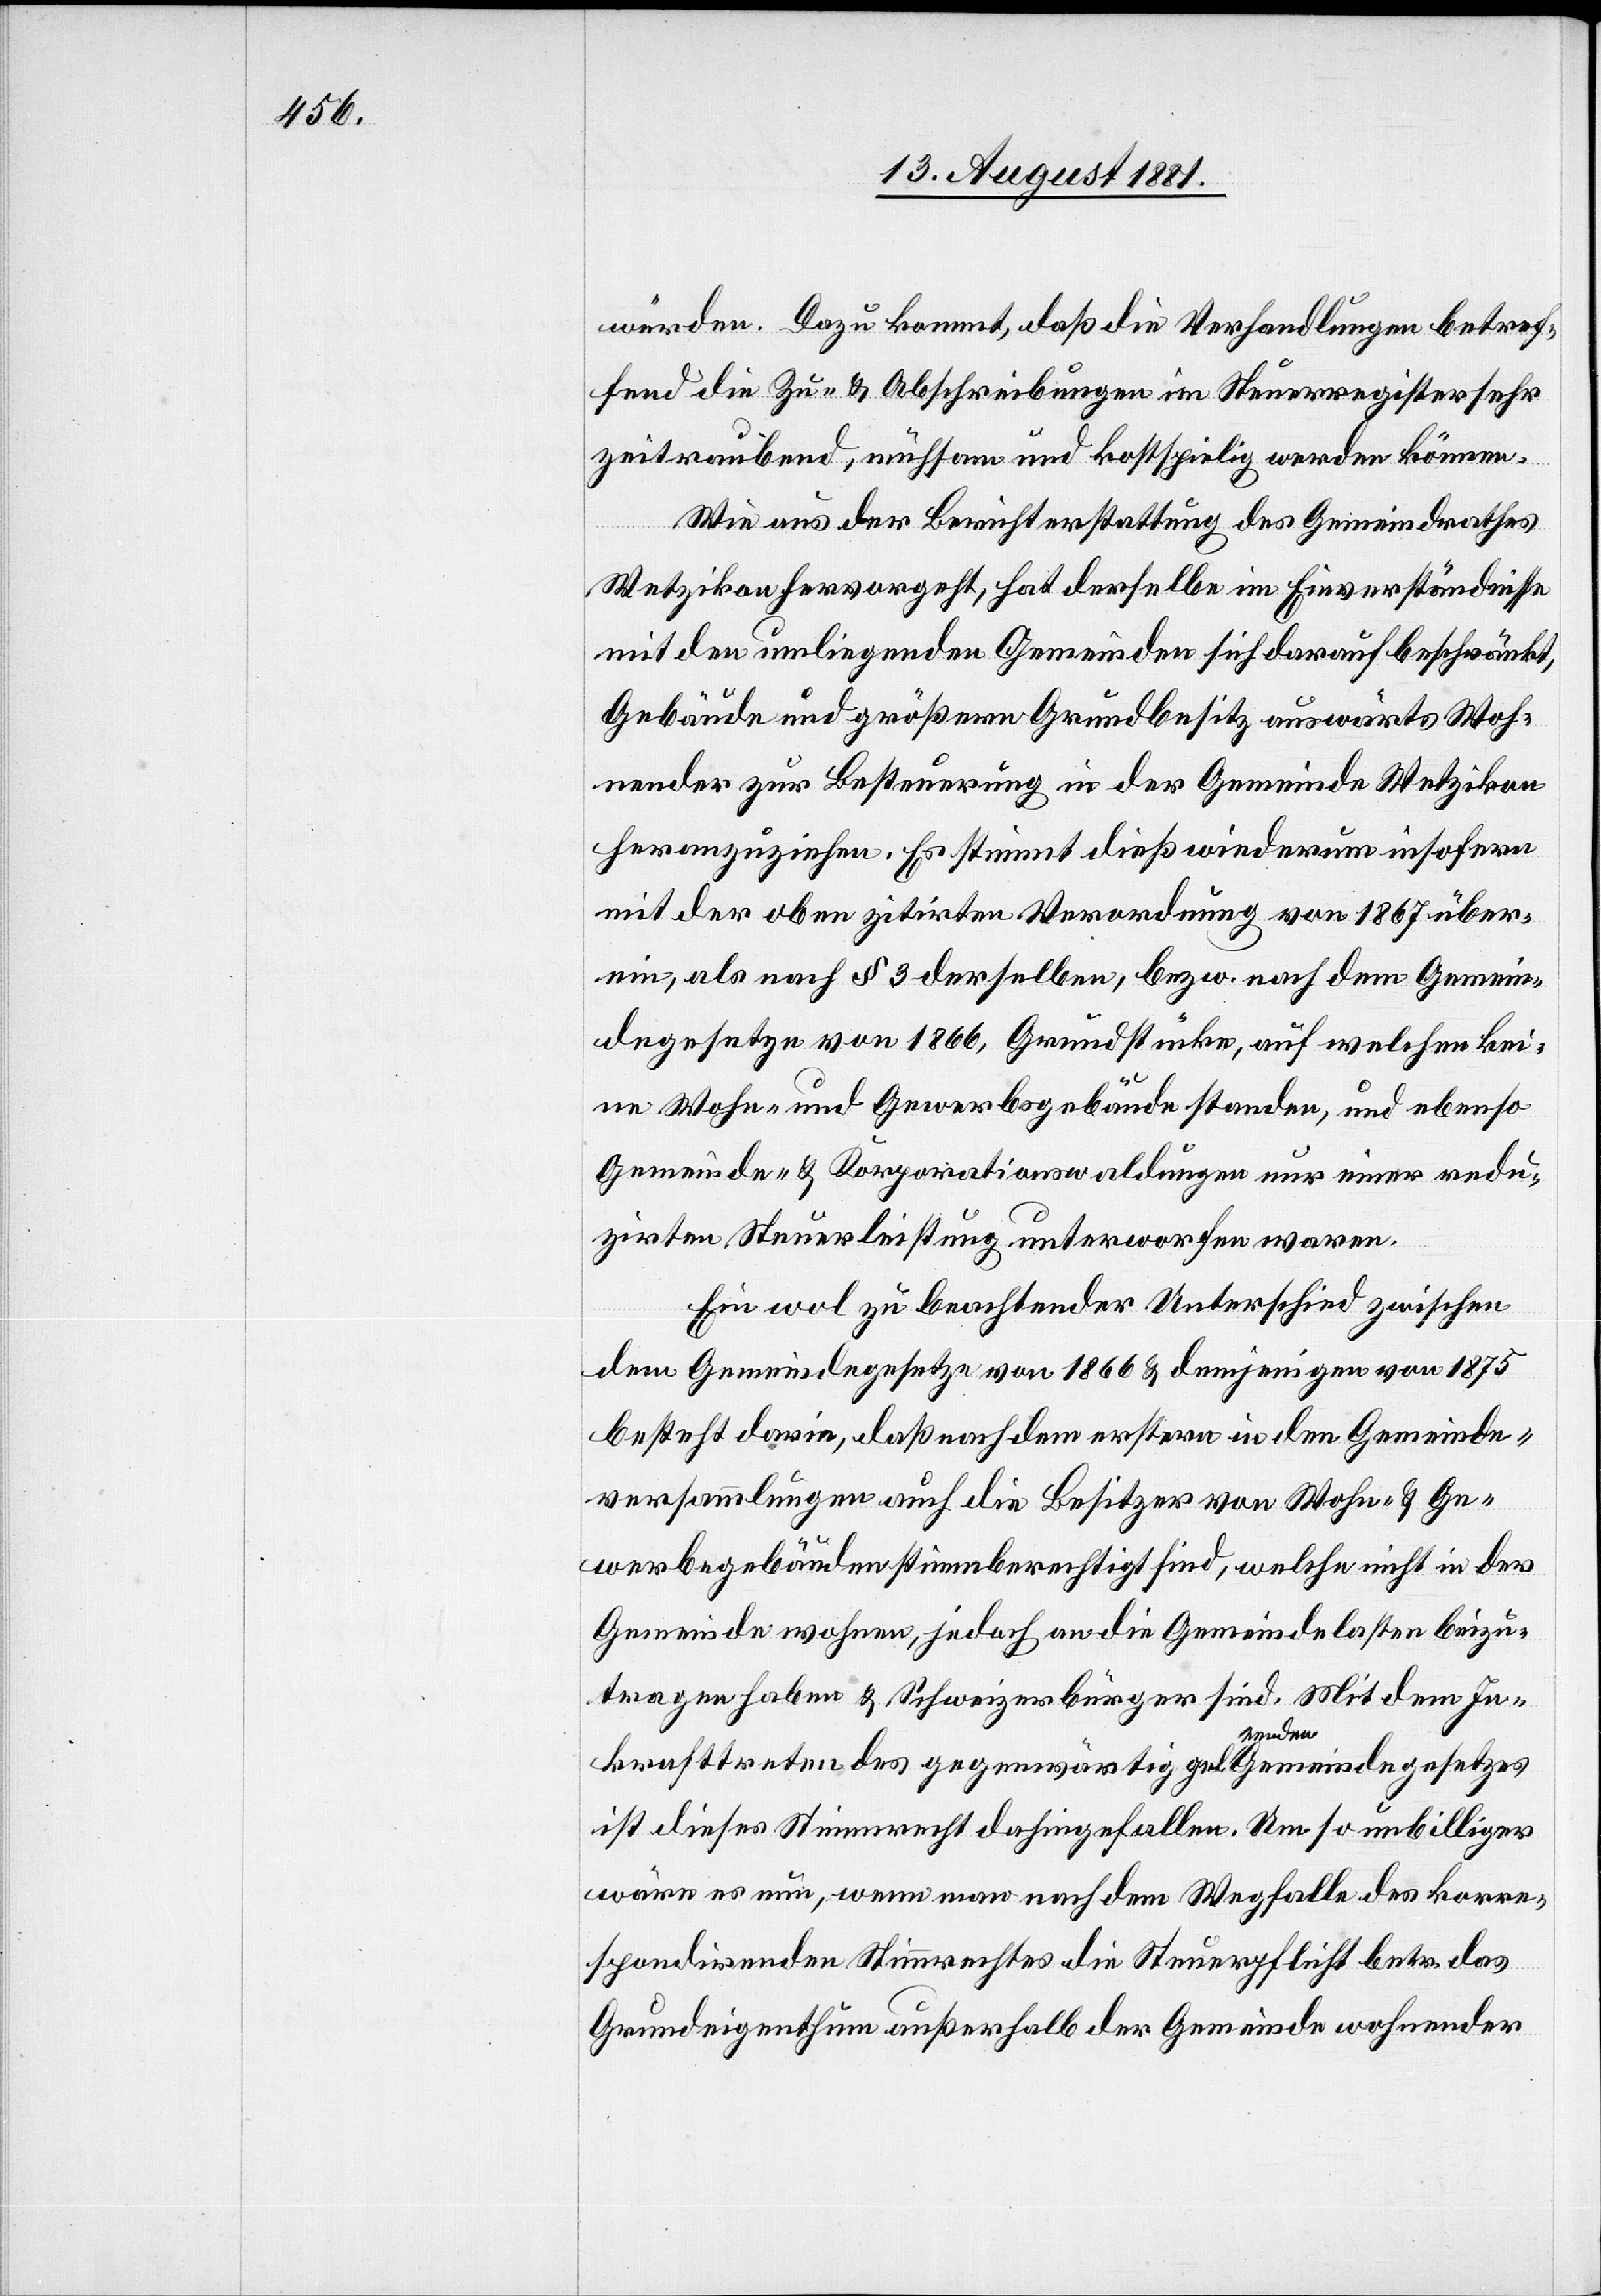
würden. Dazu kommt, daß die Verhandlungen betref¬
fend die Zu- & Abschreibungen im Steuerregister sehr
zeitraubend, mühsam und kostspielig werden können.
Wie aus der Berichterstattung des Gemeindrathes
Wetzikon hervorgeht, hat derselbe im Einverständnisse
mit den umliegenden Gemeinde sich darauf beschränkt,
Gebäude und größern Grundbesitz auswärts Woh¬
nender zur Besteuerung in der Gemeinde Wetzikon
heranzuziehen. Es stimmt dieß wiederum insofern
mit der oben zitirten Verordnung von 1867 über¬
ein, als nach § 3 derselben, bezw. nach dem Gemein¬
degesetze von 1866, Grundstücke, auf welchen kei¬
ne Wohn- & Gewerbsgebäude standen, und ebenso
Gemeinde- & Korporationswaldungen nur einer redu¬
zirten Steuerleistung unterworfen waren.
Ein wol zu beachtender Unterschied zwischen
dem Gemeindegesetze von 1866 & demjenigen von 1875
besteht darin, daß nachdem erstere in den Gemeinde¬
versammlungen auch die Besitzer von Wohn- & Ge¬
werbegebäuden stimmberechtigt sind, welche nicht in der
Gemeinde wohnen, jedoch an die Gemeindelasten beizu¬
tragen haben & Schweizerbürger sind. Mit dem In¬
krafttreten des gegenwärtig geltenden Gemeindegesetzes
ist dieses Stimmrecht dahingefallen. Um so unbilliger
wäre es nun, wenn man nach dem Wegfalle des korre¬
spondirenden Stimmrechtes die Steuerpflicht betr. das
Grundeigenthum außerhalb der Gemeinde wohnender